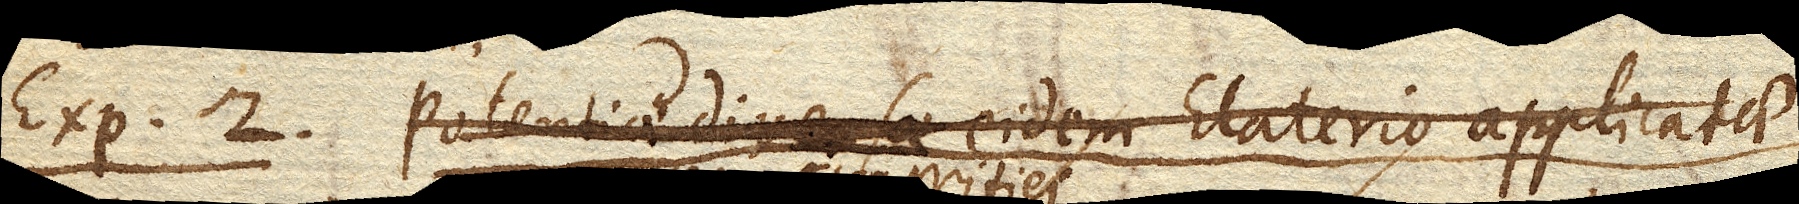
Exp. 2. Potentiae diversae eidem Elaterio applicatae